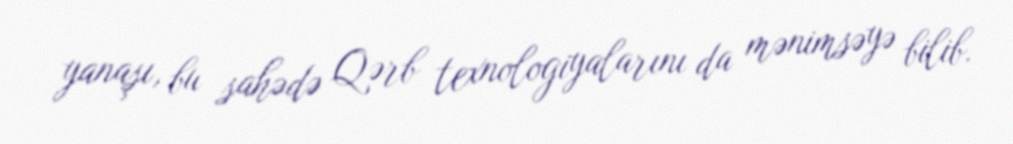
yanaşı, bu sahədə Qərb texnologiyalarını da mənimsəyə bilib.